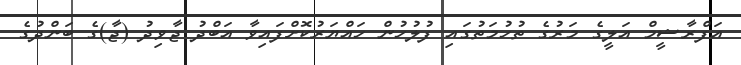
އަފްރާޝީމް އަލީގެ މަރުގެ ތުހުމަތުގައި ފުލުހުން ހައްޔަރުކޮށްފައިވާ އަބްދު ޖާވިދު (ޖާ)ގެ ބަންދުގެ